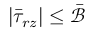
| \bar { \tau } _ { r z } | \leq \bar { \mathcal { B } }